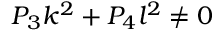
P _ { 3 } k ^ { 2 } + P _ { 4 } l ^ { 2 } \ne 0